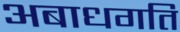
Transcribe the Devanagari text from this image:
अबाधगति